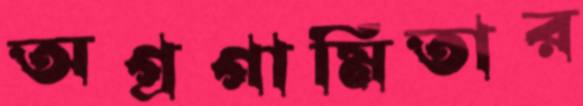
অগ্রগামিতার